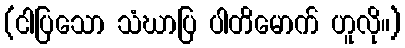
(ငါပြသော သံဃာပြ ပါတိမောက် ဟူလို။)